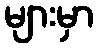
များမှာ